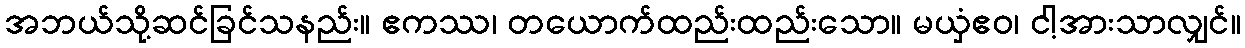
အဘယ်သို့ဆင်ခြင်သနည်း။ ဧကဿ၊ တယောက်ထည်းထည်းသော။ မယှံဧဝ၊ ငါ့အားသာလျှင်။